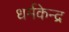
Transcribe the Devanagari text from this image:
धर्मकेन्द्र